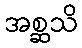
အစ္ဆသိ